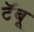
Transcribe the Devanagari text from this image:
टॅबू